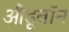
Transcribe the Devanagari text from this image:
औडूबॉन